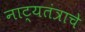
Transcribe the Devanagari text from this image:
नाट्यतंत्राचे